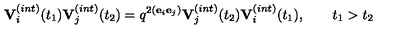
{ \bf V } _ { i } ^ { ( i n t ) } ( t _ { 1 } ) { \bf V } _ { j } ^ { ( i n t ) } ( t _ { 2 } ) = q ^ { 2 ( { \bf e } _ { i } { \bf e } _ { j } ) } { \bf V } _ { j } ^ { ( i n t ) } ( t _ { 2 } ) { \bf V } _ { i } ^ { ( i n t ) } ( t _ { 1 } ) , \qquad t _ { 1 } > t _ { 2 }